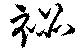
祕